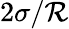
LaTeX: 2\sigma/\mathcal{R}